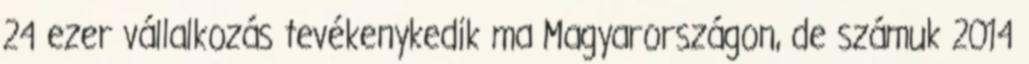
24 ezer vállalkozás tevékenykedik ma Magyarországon, de számuk 2014